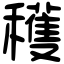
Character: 穫